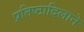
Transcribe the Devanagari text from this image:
प्रतिष्ठादिलाने